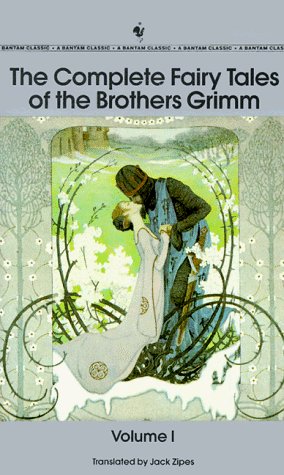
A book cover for The Complete Fairy Tales of Brothers Grimm (Complete Fairy Tales of the Brothers Grimm); Jack Zipes; Children's Books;